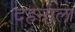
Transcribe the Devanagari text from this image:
दहनाला